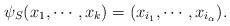
LaTeX: \begin{align*}\psi_{S}(x_1,\cdots,x_k)=(x_{i_1},\cdots,x_{i_{\alpha}}).\end{align*}